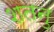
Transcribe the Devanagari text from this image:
शतनु